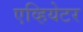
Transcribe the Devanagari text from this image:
एव्हियेटर